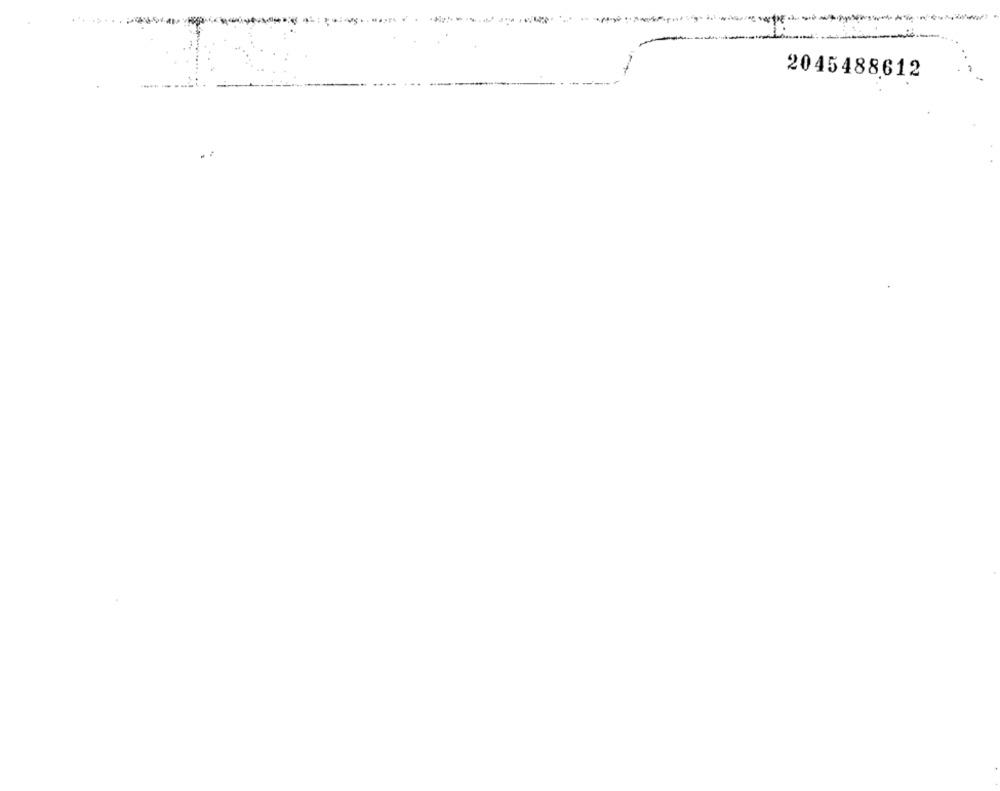
2045488612